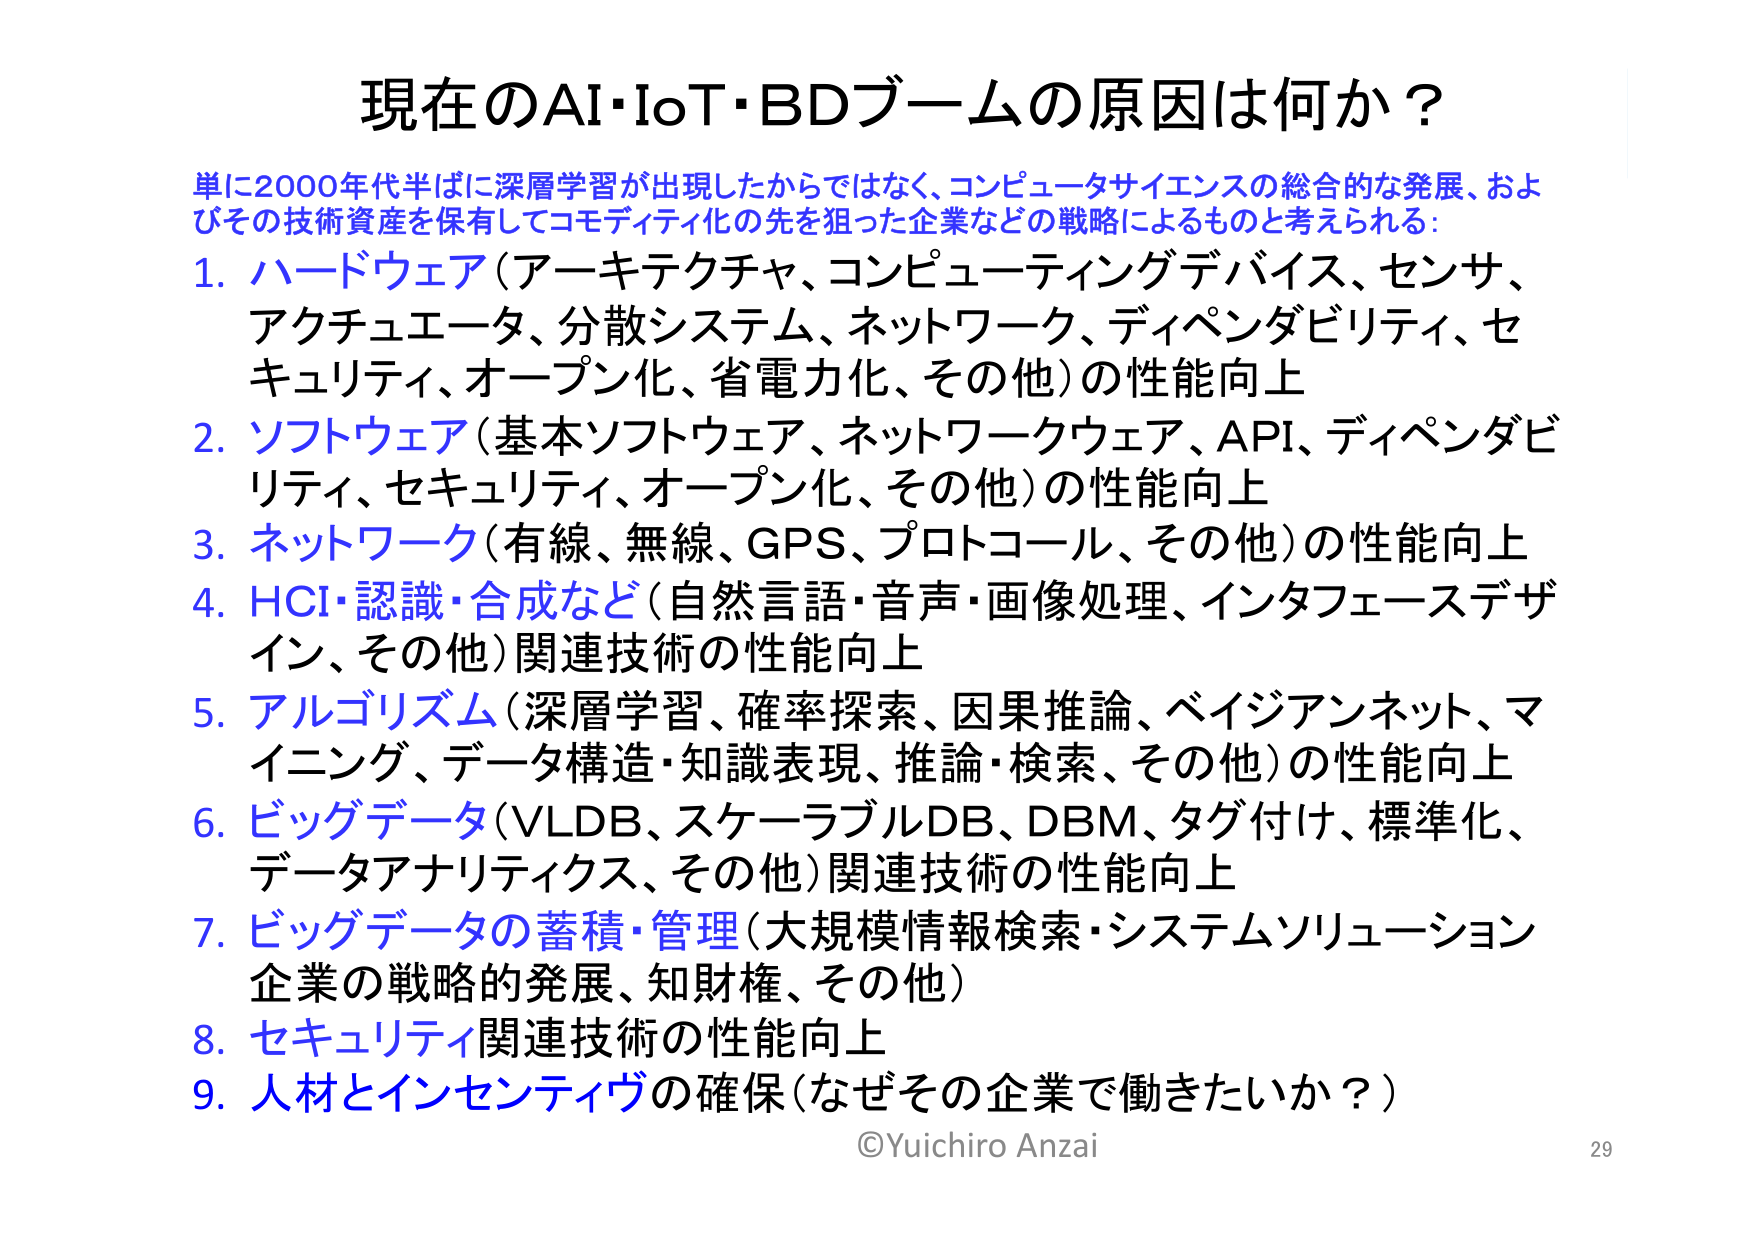
現在のAI・IoT・BDブームの原因は何か？

単に2000年代半ばに深層学習が出現したからではなく、コンピュータサイエンスの総合的な発展、およびその技術資産を保有してコモディティ化の先を狙った企業などの戦略によるものと考えられる：

1. ハードウェア（アーキテクチャ、コンピューティングデバイス、センサ、アクチュエータ、分散システム、ネットワーク、ディペンダビリティ、セキュリティ、オープン化、省電力化、その他）の性能向上

2. ソフトウェア（基本ソフトウェア、ネットワークウェア、API、ディペンダビリティ、セキュリティ、オープン化、その他）の性能向上

3. ネットワーク（有線、無線、GPS、プロトコール、その他）の性能向上

4. HCI・認識・合成など（自然言語・音声・画像処理、インタフェースデザイン、その他）関連技術の性能向上

5. アルゴリズム（深層学習、確率探索、因果推論、ベイジアンネット、マイニング、データ構造・知識表現、推論・検索、その他）の性能向上

6. ビッグデータ（VLDB、スケーラブルDB、DBM、タグ付け、標準化、データアナリティクス、その他）関連技術の性能向上

7. ビッグデータの蓄積・管理（大規模情報検索・システムソリューション、企業の戦略的発展、知財権、その他）

8. セキュリティ関連技術の性能向上

9. 人材とインセンティブの確保（なぜその企業で働きたいか？）

©Yuichiro Anzai
29